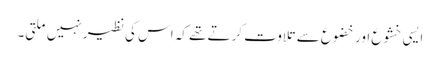
ایسی خشوع اور خضوع سے تلاوت کرتے تھے کہ اس کی نظیر نہیں ملتی۔